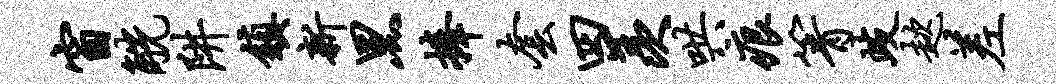
窗觥阱镇新黑捧套四羡哄痕箐歧趑差